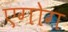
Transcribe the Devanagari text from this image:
एगोग